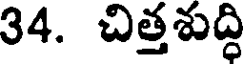
34. చిత్తశుద్ధి